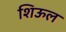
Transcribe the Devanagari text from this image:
शिऊल